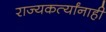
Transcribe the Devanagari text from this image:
राज्यकर्त्यांनाही